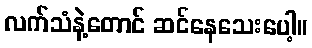
လက်သံနဲ့တောင် ဆင်နေသေးပေါ့။